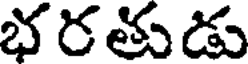
భరతుడు